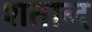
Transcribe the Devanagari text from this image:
शताब्द